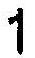
1